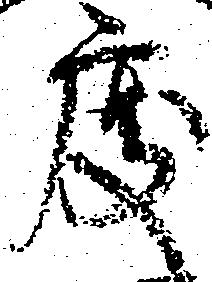
度